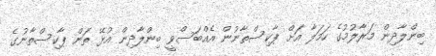
ބިންލާދިން މަރާލުމުގެ ހަމަލާ އަށް ޕާކިސްތާނުން އެއްބަސްވީ ބިންލާދިން އުޅޭ ތަން ޕާކިސްތާނުގެ